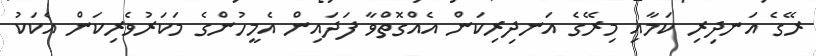
ރޭގެ އަނދިރި ކަމާއި މިރޭގެ އަނދިރިކަން އެއްގޮތްވާ ފަދައިން އެމީހުންގެ މަކަރުވެރިކަން އެކަކު